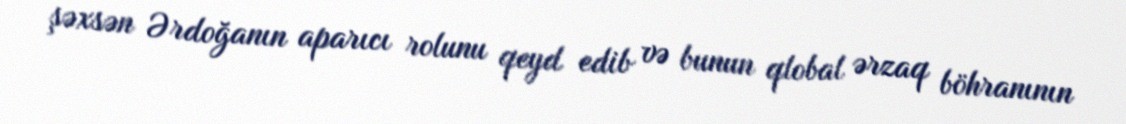
şəxsən Ərdoğanın aparıcı rolunu qeyd edib və bunun qlobal ərzaq böhranının